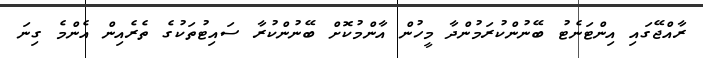
ރާއްޖޭގައި އިންޓަނެޓު ބޭނުންކުރަމުންދާ މީހުން އާންމުކޮށް ބޭނުންކުރާ ސައިޓުތަކުގެ ތެރެއިން އެންމެ ގިނަ